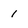
Character: 1